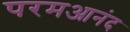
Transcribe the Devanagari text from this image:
परमआनंद